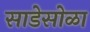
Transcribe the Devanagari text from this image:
साडेसोळा